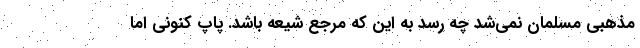
مذهبی مسلمان نمی‌شد چه رسد به این که مرجع شیعه باشد. پاپ کنونی اما